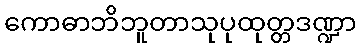
ကောဓာဘိဘူတာသုပုထုတ္တဒဏ္ဍာ